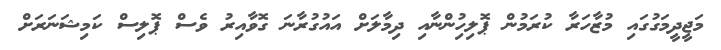
މަޖީދީމަގުގައި މުޒާހަރާ ކުރަމުން ޕޮލިހިުންނާއި ދިމާލަށް އައުގުރާނަ ގޮވާއިރު ވެސް ޕޮލިސް ކަމިޝަނަރަށް